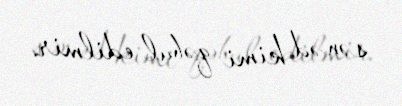
sənəd kimi qəbul edilmir.